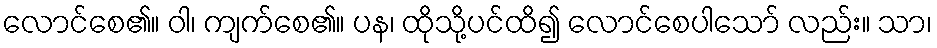
လောင်စေ၏။ ဝါ၊ ကျက်စေ၏။ ပန၊ ထိုသို့ပင်ထိ၍ လောင်စေပါသော် လည်း။ သာ၊